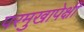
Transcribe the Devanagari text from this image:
परमुखापेक्षी